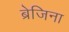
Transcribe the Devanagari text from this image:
ब्रेजिना